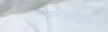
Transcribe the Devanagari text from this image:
उप्सलिएन्सिस